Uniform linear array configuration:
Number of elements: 32
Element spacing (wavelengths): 0.5
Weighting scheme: blackman
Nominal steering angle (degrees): -15
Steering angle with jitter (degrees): -15.219
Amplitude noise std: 0.05
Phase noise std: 0.05

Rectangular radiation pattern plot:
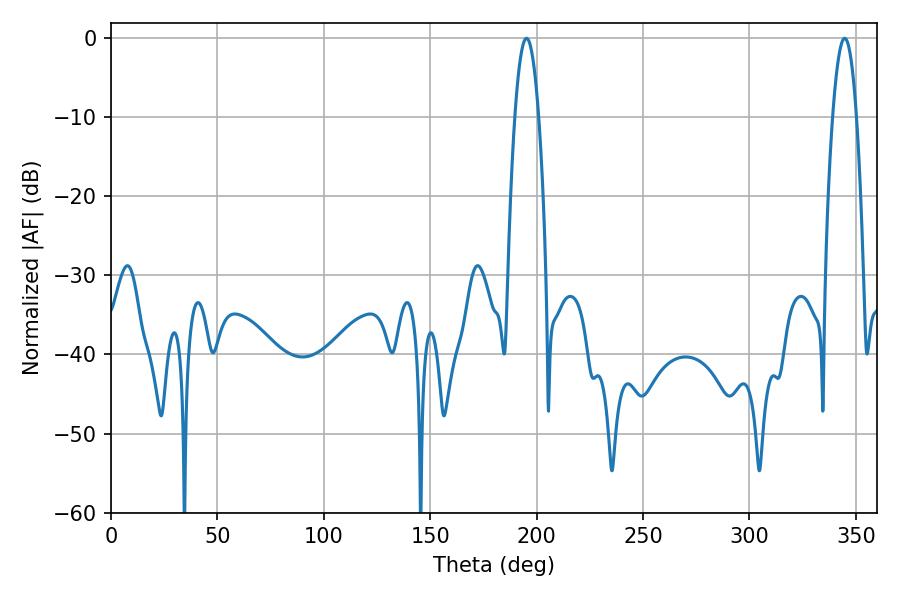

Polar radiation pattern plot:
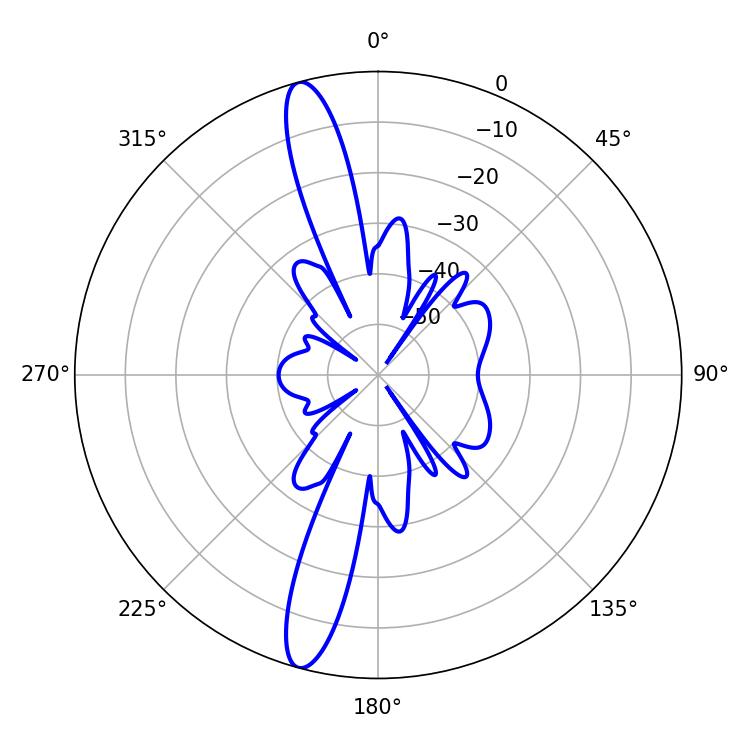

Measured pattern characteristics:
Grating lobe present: FALSE
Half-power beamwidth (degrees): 6.12
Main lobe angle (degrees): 195.3